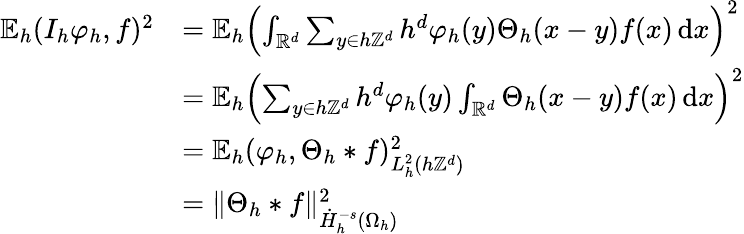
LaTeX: \begin{array}{rl}{\mathbb{E}_{h}(I_{h}\varphi_{h},f)^{2}}&{=\mathbb{E}_{h}\left(\int_{\mathbb{R}^{d}}\sum_{y\in h\mathbb{Z}^{d}}h^{d}\varphi_{h}(y)\Theta_{h}(x-y)f(x)\, \mathrm{d}x\right)^{2}}\\ &{=\mathbb{E}_{h}\left(\sum_{y\in h\mathbb{Z}^{d}}h^{d}\varphi_{h}(y)\int_{\mathbb{R}^{d}}\Theta_{h}(x-y)f(x)\, \mathrm{d}x\right)^{2}}\\ &{=\mathbb{E}_{h}(\varphi_{h},\Theta_{h}*f)_{L_{h}^{2}(h\mathbb{Z}^{d})}^{2}}\\ &{=\| \Theta_{h}*f\| _{\dot{H}_{h}^{-s}(\Omega_{h})}^{2}}\end{array}